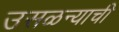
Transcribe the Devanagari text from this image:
उसळन्याची